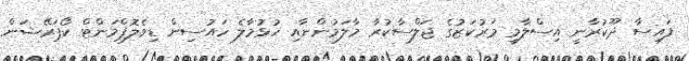
ފައިސާ ދޫކުރާނީ އިސްލާމީ މަރުކަޒުގެ ޖަލްސާކުރާ މާލަމުންނާއި ހުޅުމާލެ ހައުސިން ޑިވެލޮޕްމަންޓް ކޯޕަރޭޝަން